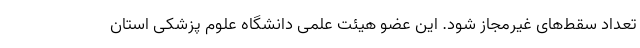
تعداد سقط‌های غیرمجاز شود. این عضو هیئت علمی دانشگاه علوم پزشکی استان